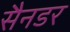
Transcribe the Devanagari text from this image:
सैनडर